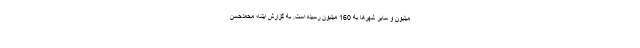
میلیون و سایر شهرها به 160 میلیون رسیده است. به گزارش ایلنا؛ محمدحسن